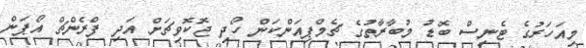
މިއަހަރުގެ ޓެނިސް ބޮޑު މުބާރާތުގެ ޗެމްޕިއަންކަން ހޯދި ޖޮކޮވިޗަށް އަދި ފްރެންޗް އޯޕަން